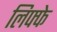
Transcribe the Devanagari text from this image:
लिफ्फे